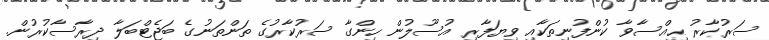
ސަރުކާރު ޙިއްސާވާ ކުންފުނިތަކާއި ވިޔަފާރި އުސޫލުން ހިންގާ ސަރުކާރުގެ ތަންތަނުގެ ބަޖެޓްބަލާ ދިރާސާކުރުން.